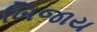
ખિજાય